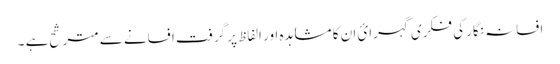
افسانہ نگار کی فکری گہرائ ان کا مشاہدہ اور الفاظ پر گرفت افسانے سے مترشح ہے ۔